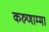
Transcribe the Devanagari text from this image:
करुणाम्मा